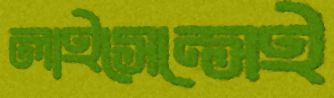
লাইসেন্সেই